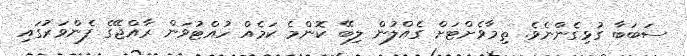
ސަބަބާ ގުޅިގެންނެވެ. ތިމާވެށްޓަށް ގެއްލުން ލިބޭ ކޮންމެ ކަމެއް ހުއްޓުވަން ރާއްޖޭގެ ފެންވަރުގައި